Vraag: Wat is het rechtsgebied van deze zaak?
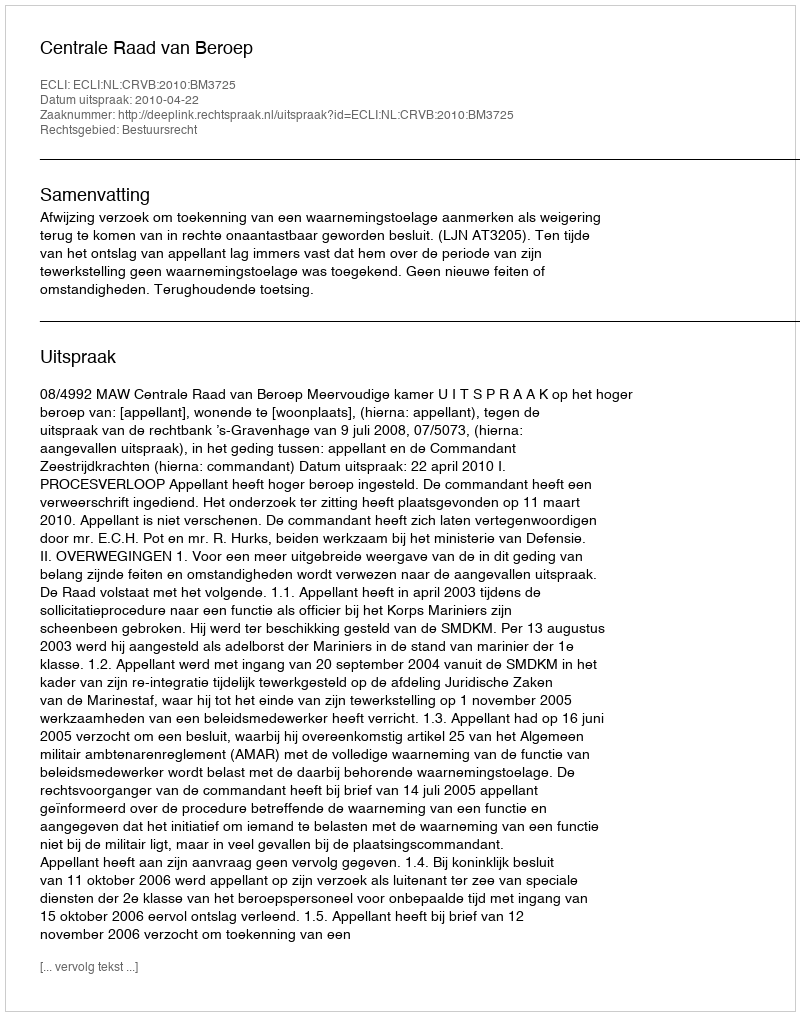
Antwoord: Bestuursrecht